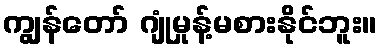
ကျွန်တော် ဂျုံမှုန့်မစားနိုင်ဘူး။